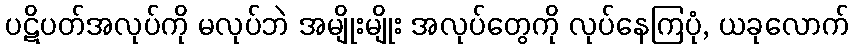
ပဋိပတ်အလုပ်ကို မလုပ်ဘဲ အမျိုးမျိုး အလုပ်တွေကို လုပ်နေကြပုံ, ယခုလောက်